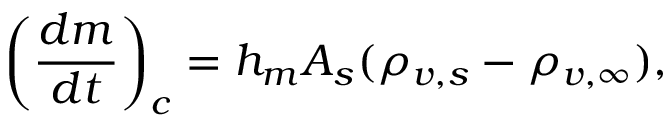
\left( \frac { d m } { d t } \right) _ { c } = h _ { m } A _ { s } ( \rho _ { v , s } - \rho _ { v , \infty } ) ,